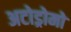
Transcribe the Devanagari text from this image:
अटोड्रोमो